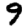
Digit: 9